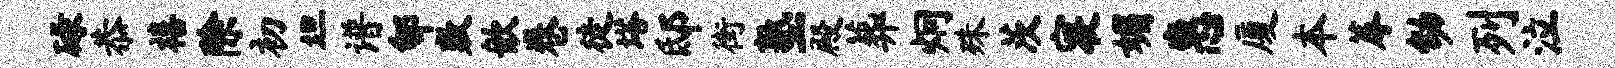
碌恭禧除初坦谱郇敷歆卷徒塔邸街塾殿葬炯殊茨寝媚惠厦本蓐幼列泣